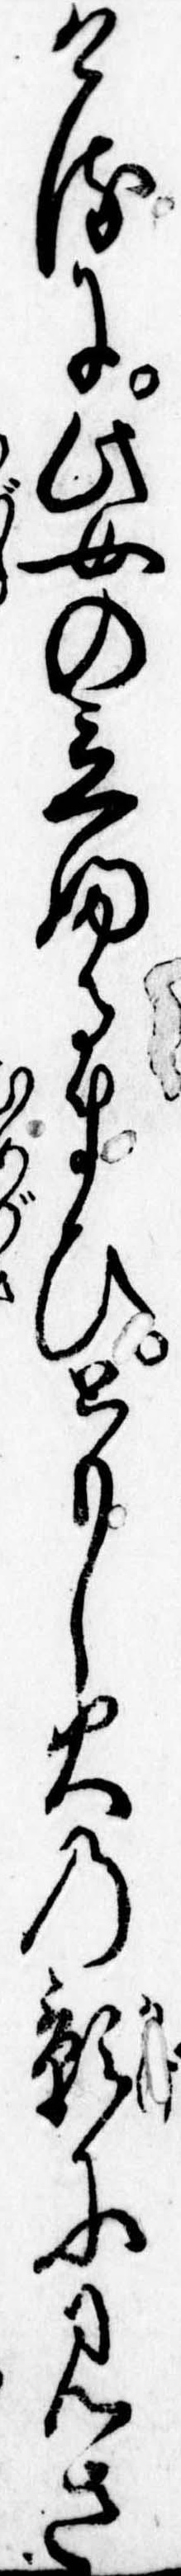
けるに此女の立ふるまひともし火の影に見さ